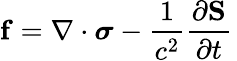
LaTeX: \mathbf{f}=\nabla\cdot{\boldsymbol{\sigma}}-{\frac{1}{c^{2}}}{\frac{\partial\mathbf{S}}{\partial t}}\,